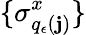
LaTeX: \{ \sigma_{q_{\epsilon}(\mathbf{j})}^{x}\}